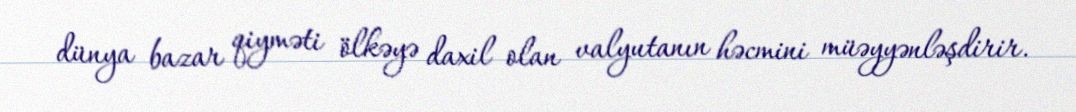
dünya bazar qiyməti ölkəyə daxil olan valyutanın həcmini müəyyənləşdirir.